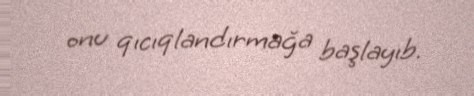
onu qıcıqlandırmağa başlayıb.